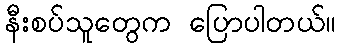
နီးစပ်သူတွေက ပြောပါတယ်။